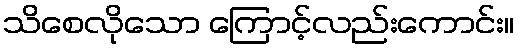
သိစေလိုသော ကြောင့်လည်းကောင်း။